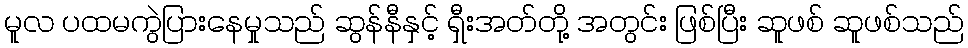
မူလ ပထမကွဲပြားနေမှုသည် ဆွန်နီနှင့် ရှီးအတ်တို့ အတွင်း ဖြစ်ပြီး ဆူဖစ် ဆူဖစ်သည်